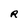
Character: R